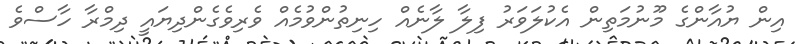
އިން ޔުއާންގެ މޫނުމަތިން އެކުލަވަރު ފިލާ ލާނެއް ހިނިތުންވުމެއް ވެރިވެގެންދިޔައީ ދިމްރާ ހާސްވެ